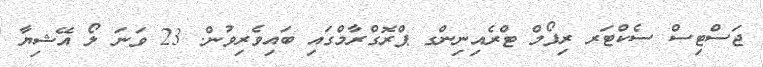
ޖަސްޓިސް ސެކްޓަރ ރިފޯމް ޓްރެއިނިންގ ޕްރޮގްރާމްގައި ބައިވެރިވުން. 23 ވަނަ ލޯ އޭޝިޔާ